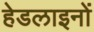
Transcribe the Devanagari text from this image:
हेडलाइनों